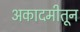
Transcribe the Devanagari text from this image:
अकादमीतून